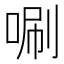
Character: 唰